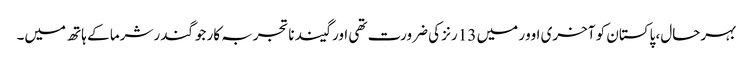
بہرحال، پاکستان کو آخری اوور میں 13 رنز کی ضرورت تھی اور گیند ناتجربہ کار جوگندر شرما کے ہاتھ میں۔